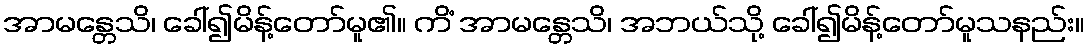
အာမန္တေသိ၊ ခေါ်၍မိန့်တော်မူ၏။ ကိံ အာမန္တေသိ၊ အဘယ်သို့ ခေါ်၍မိန့်တော်မူသနည်း။